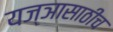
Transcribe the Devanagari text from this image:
यज्ञासाठीच